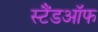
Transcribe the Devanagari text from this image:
स्टैंडऑफ